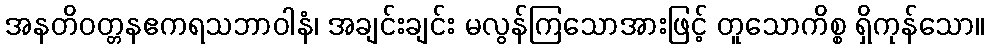
အနတိဝတ္တနဧကရသဘာဝါနံ၊ အချင်းချင်း မလွန်ကြသောအားဖြင့် တူသောကိစ္စ ရှိကုန်သော။